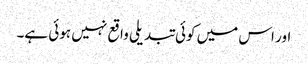
اور اس میں کوئی تبدیلی واقع نہیں ہوئی ہے۔